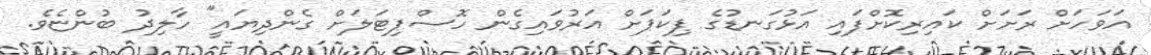
އަވަހަށް ރަށަށް ކައިރިކޮށްފައި އަޅުގަނޑުގެ ޕިކަޕަށް އަރުވައިގެން ހޮސްޕިޓަލަށް ގެންދިޔައީ" ހާލިދު ބުންޏެވެ.